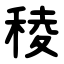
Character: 稜